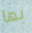
بها